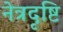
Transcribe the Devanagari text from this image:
नेत्रदृष्टि